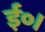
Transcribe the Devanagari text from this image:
ई०।